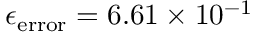
\epsilon _ { \mathrm { e r r o r } } = 6 . 6 1 \times 1 0 ^ { - 1 }